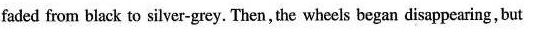
faded from black to silver-grey. Then,the wheels began disappearing, but